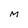
Character: M